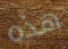
هذه